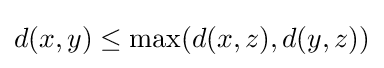
d(x,y)\leq \max(d(x,z),d(y,z))